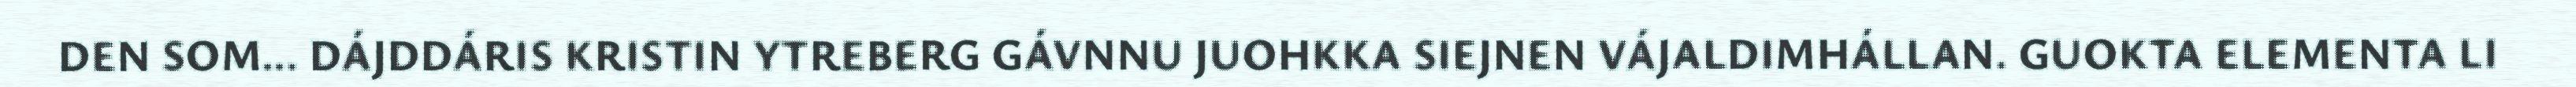
DEN SOM... DÁJDDÁRIS KRISTIN YTREBERG GÁVNNU JUOHKKA SIEJNEN VÁJALDIMHÁLLAN. GUOKTA ELEMENTA LI